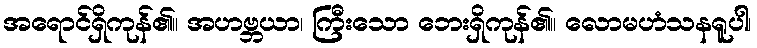
အရောင်ရှိကုန်၏။ အဟဗ္ဘယာ၊ ကြီးသော ဘေးရှိကုန်၏။ လောမဟံသနရူပါ၊